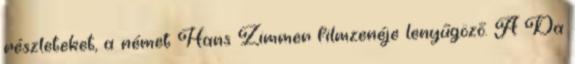
részleteket, a német Hans Zimmer filmzenéje lenyűgöző. A Da